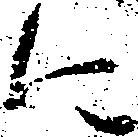
に